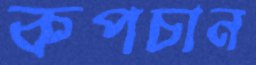
কপচান